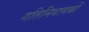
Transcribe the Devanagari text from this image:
गतिनियामकों